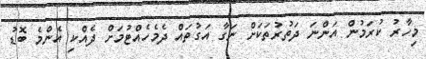
މިހާރު ކުރަމުން އަންނަ ދަތުރުތަކަށް ނަގާ އަގުތައް ދެމެހެއްޓުމަށް ދެއްކި އެންމެ ބޮޑު